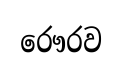
රෞරව